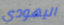
اليهودي